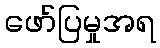
ဖော်ပြမှုအရ